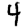
Digit: 4